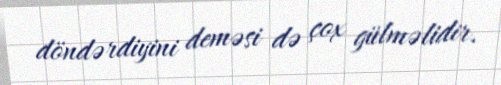
döndərdiyini deməsi də çox gülməlidir.